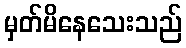
မှတ်မိနေသေးသည်